Causation and prevention of malarial fevers: a statement of the results of researches drawn up for the use of assistant surgeons, hospital assistants and students
Disease focus: Malaria
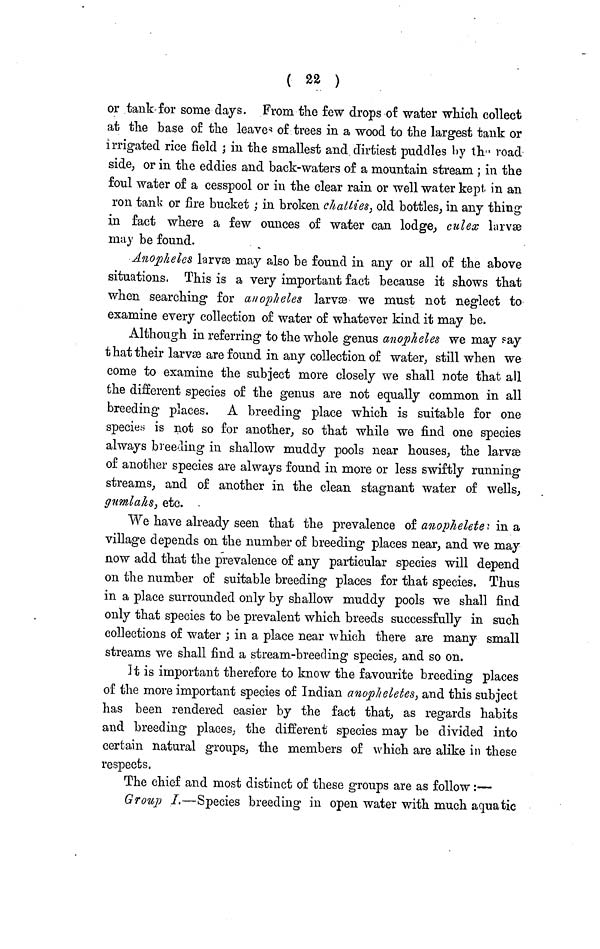
( 22 )
or tank for some days. From the few drops of water which collect
at the base of the leaves of trees in a wood to the largest tank or
irrigated rice field ; in the smallest and dirtiest puddles by the road
side, or in the eddies and back-waters of a mountain stream ; in the
foul water of a cesspool or in the clear rain or well water kept, in an
ron tank or fire bucket ; in broken chatties, old bottles, in any thing
in fact where a few ounces of water can lodge, culex larvæ
may be found.
Anopheles larvæ may also be found in any or all of the above
situations. This is a very important fact because it shows that
when searching for anopheles larvæ we must not neglect to
examine every collection of water of whatever kind it may be.
Although in referring to the whole genus anopheles we may say
that their larvæ are found in any collection of water, still when we
come to examine the subject more closely we shall note that all
the different species of the genus are not equally common in all
breeding places. A breeding place which is suitable for one
species is not so for another, so that while we find one species
always breeding in shallow muddy pools near houses, the larvæ
of another species are always found in more or less swiftly running
streams, and of another in the clean stagnant water of wells,
gumlahs, etc.
We have already seen that the prevalence of anophelete; in a
village depends on the number of breeding places near, and we may
now add that the prevalence of any particular species will depend
on the number of suitable breeding places for that species. Thus
in a place surrounded only by shallow muddy pools we shall find
only that species to be prevalent which breeds successfully in such
collections of water ; in a place near which there are many small
streams we shall find a stream-breeding species, and so on.
It is important therefore to know the favourite breeding places
of the more important species of Indian anopheletes, and this subject
has been rendered easier by the fact that, as regards habits
and breeding places, the different species may be divided into
certain natural groups, the members of which are alike in these
respects.
The chief and most distinct of these groups are as follow :—
Group I.—Species breeding in open water with much aquatic